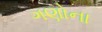
ગણોના